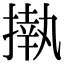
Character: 𢴇